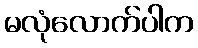
မလုံလောက်ပါက